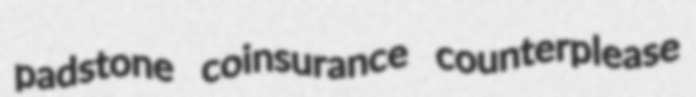
padstone coinsurance counterplease